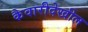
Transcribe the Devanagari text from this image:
कैवारीदेखील